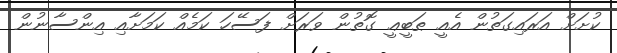
ކުށަށް އަރައިގަތުން އެއީ ޠަބީޢީ ގޮތުން ވަރަށް ފަސޭހަ ކަމެއް ކަމަށާއި އިންސާނުން